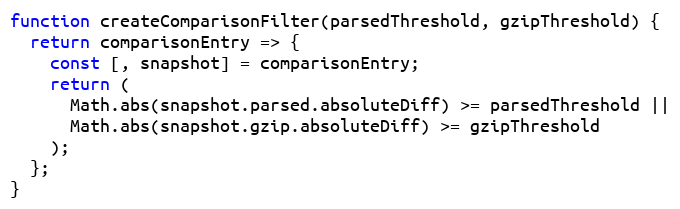
Language: JavaScript
function createComparisonFilter(parsedThreshold, gzipThreshold) {
  return comparisonEntry => {
    const [, snapshot] = comparisonEntry;
    return (
      Math.abs(snapshot.parsed.absoluteDiff) >= parsedThreshold ||
      Math.abs(snapshot.gzip.absoluteDiff) >= gzipThreshold
    );
  };
}